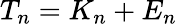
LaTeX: T_{n}=K_{n}+E_{n}